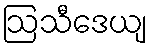
ဩသီဒေယျ